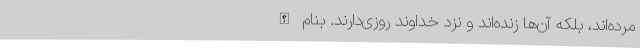
مرده‌اند، بلکه آن‌ها زنده‌اند و نزد خداوند روزی‌دارند. بنام الله